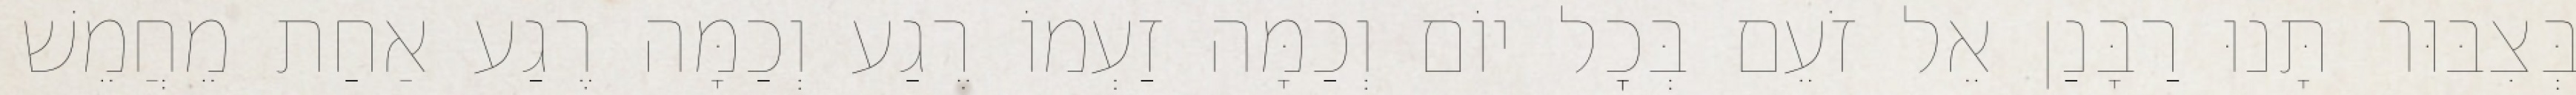
בְּצִבּוּר תָּנוּ רַבָּנַן אֵל זֹעֵם בְּכׇל יוֹם וְכַמָּה זַעְמוֹ רֶגַע וְכַמָּה רֶגַע אַחַת מֵחֲמֵשׁ